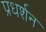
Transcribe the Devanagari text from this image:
प्रधर्शन